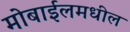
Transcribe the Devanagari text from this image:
मोबाईलमधील